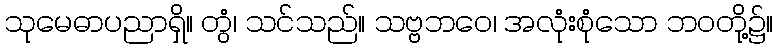
သုမေဓာပညာရှိ။ တွံ၊ သင်သည်။ သဗ္ဗဘဝေ၊ အလုံးစုံသော ဘဝတို့၌။